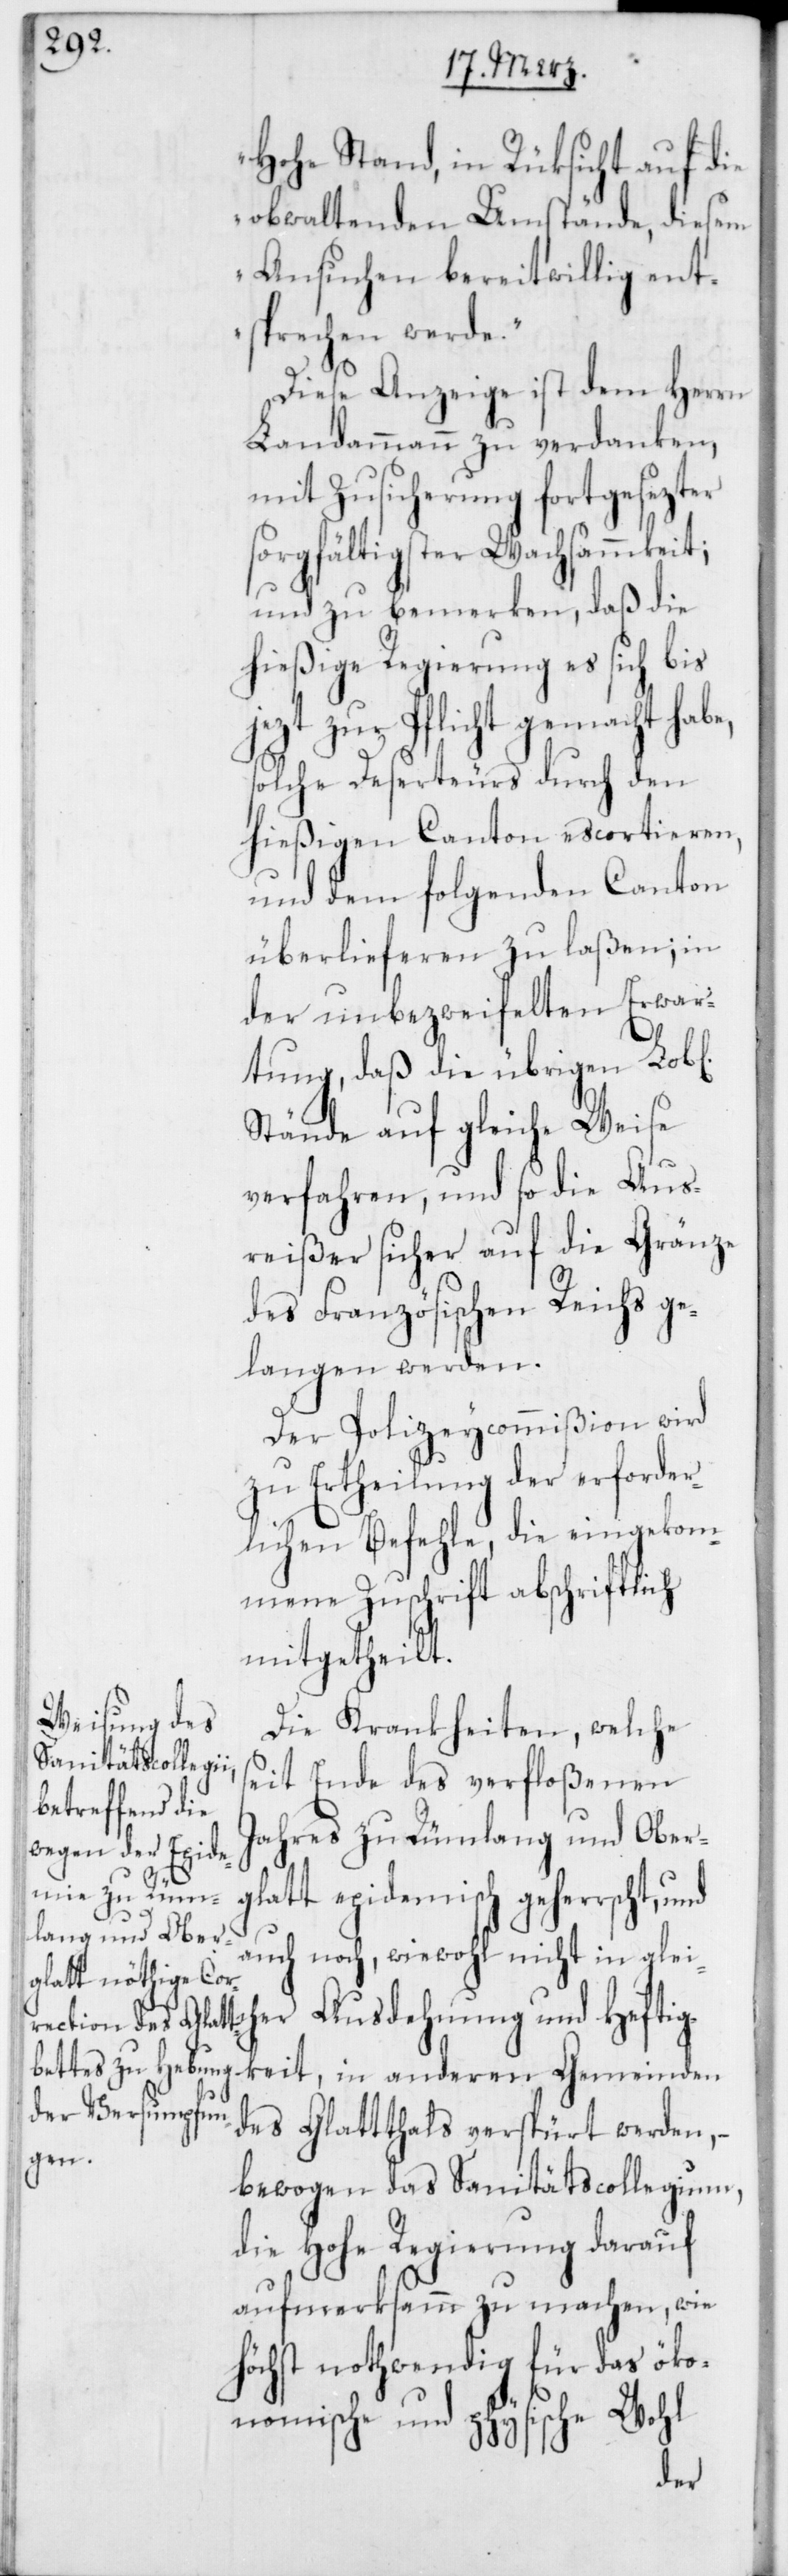
Hohe Stand, in Rüksicht auf die
obwaltenden Umstände, diesem
Ansuchen bereitwillig ent¬
sprechen werde.“
Diese Anzeige ist dem Herrn
Landammann zu verdanken,
mit Zusicherung fortgesezter
sorgfältigster Wachsammkeit;
und zu bemerken, daß die
hießige Regierung es sich bis
jezt zur Pflicht gemacht habe,
solche Deserteurs durch den
hießigen Canton escortieren,
und dem folgenden Canton
überlieferen zu laßen; in
der unbezweifelten Erwar¬
tung, daß die übrigen Lob[l¬
Stände auf gleiche Weise
verfahren, und so die Aus¬
reißer sicher auf die Gränze
des Französischen Reichs ge¬
langen werden.
Der Polizeycommißion wird
zu Ertheilung der erforder¬
lichen Befehle, die eingekom¬
mene Zuschrift abschriftlich
mitgetheilt.
Die Krankheiten, welche
seit Ende des verfloßenen
Jahres zu Rümlang und Ober¬
glatt epidemisch geherrscht, und
auch noch, wiewohl nicht in gleic¬
her Ausdehnung und Heftig¬
keit, in anderen Gemeinden
des Glatthals verspürt werden, –
ichen]
bewogen das Sanitätscollegium,
die Hohe Regierung darauf
aufmerksamm zu machen, wie
höchst nothwendig für das öko¬
nomische und physische Wohl